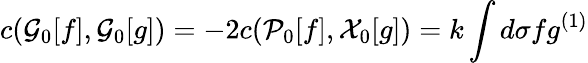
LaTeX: c({\cal G}_{0}[f],{\cal G}_{0}[g])=-2c({\cal P}_{0}[f],{\cal X}_{0}[g])=k\int d\sigma fg^{(1)}